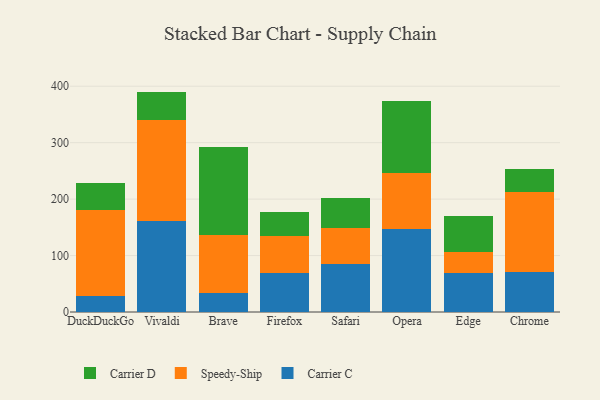
{"axis": {"x": "Browser", "y": "Headcount"}, "legend": ["Carrier C", "Carrier D", "Speedy-Ship"], "data": [{"x": "DuckDuckGo", "y": 27.7, "type": "Carrier C"}, {"x": "DuckDuckGo", "y": 152.5, "type": "Speedy-Ship"}, {"x": "DuckDuckGo", "y": 48.4, "type": "Carrier D"}, {"x": "Vivaldi", "y": 162.0, "type": "Carrier C"}, {"x": "Vivaldi", "y": 177.8, "type": "Speedy-Ship"}, {"x": "Vivaldi", "y": 50.7, "type": "Carrier D"}, {"x": "Brave", "y": 33.0, "type": "Carrier C"}, {"x": "Brave", "y": 102.7, "type": "Speedy-Ship"}, {"x": "Brave", "y": 156.8, "type": "Carrier D"}, {"x": "Firefox", "y": 68.9, "type": "Carrier C"}, {"x": "Firefox", "y": 66.1, "type": "Speedy-Ship"}, {"x": "Firefox", "y": 43.0, "type": "Carrier D"}, {"x": "Safari", "y": 85.3, "type": "Carrier C"}, {"x": "Safari", "y": 63.4, "type": "Speedy-Ship"}, {"x": "Safari", "y": 54.1, "type": "Carrier D"}, {"x": "Opera", "y": 146.6, "type": "Carrier C"}, {"x": "Opera", "y": 100.5, "type": "Speedy-Ship"}, {"x": "Opera", "y": 127.5, "type": "Carrier D"}, {"x": "Edge", "y": 68.6, "type": "Carrier C"}, {"x": "Edge", "y": 37.6, "type": "Speedy-Ship"}, {"x": "Edge", "y": 63.8, "type": "Carrier D"}, {"x": "Chrome", "y": 71.7, "type": "Carrier C"}, {"x": "Chrome", "y": 140.7, "type": "Speedy-Ship"}, {"x": "Chrome", "y": 41.5, "type": "Carrier D"}]}